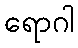
ရောဂါ